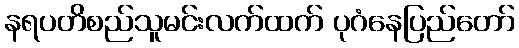
နရပတိစည်သူမင်းလက်ထက် ပုဂံနေပြည်တော်